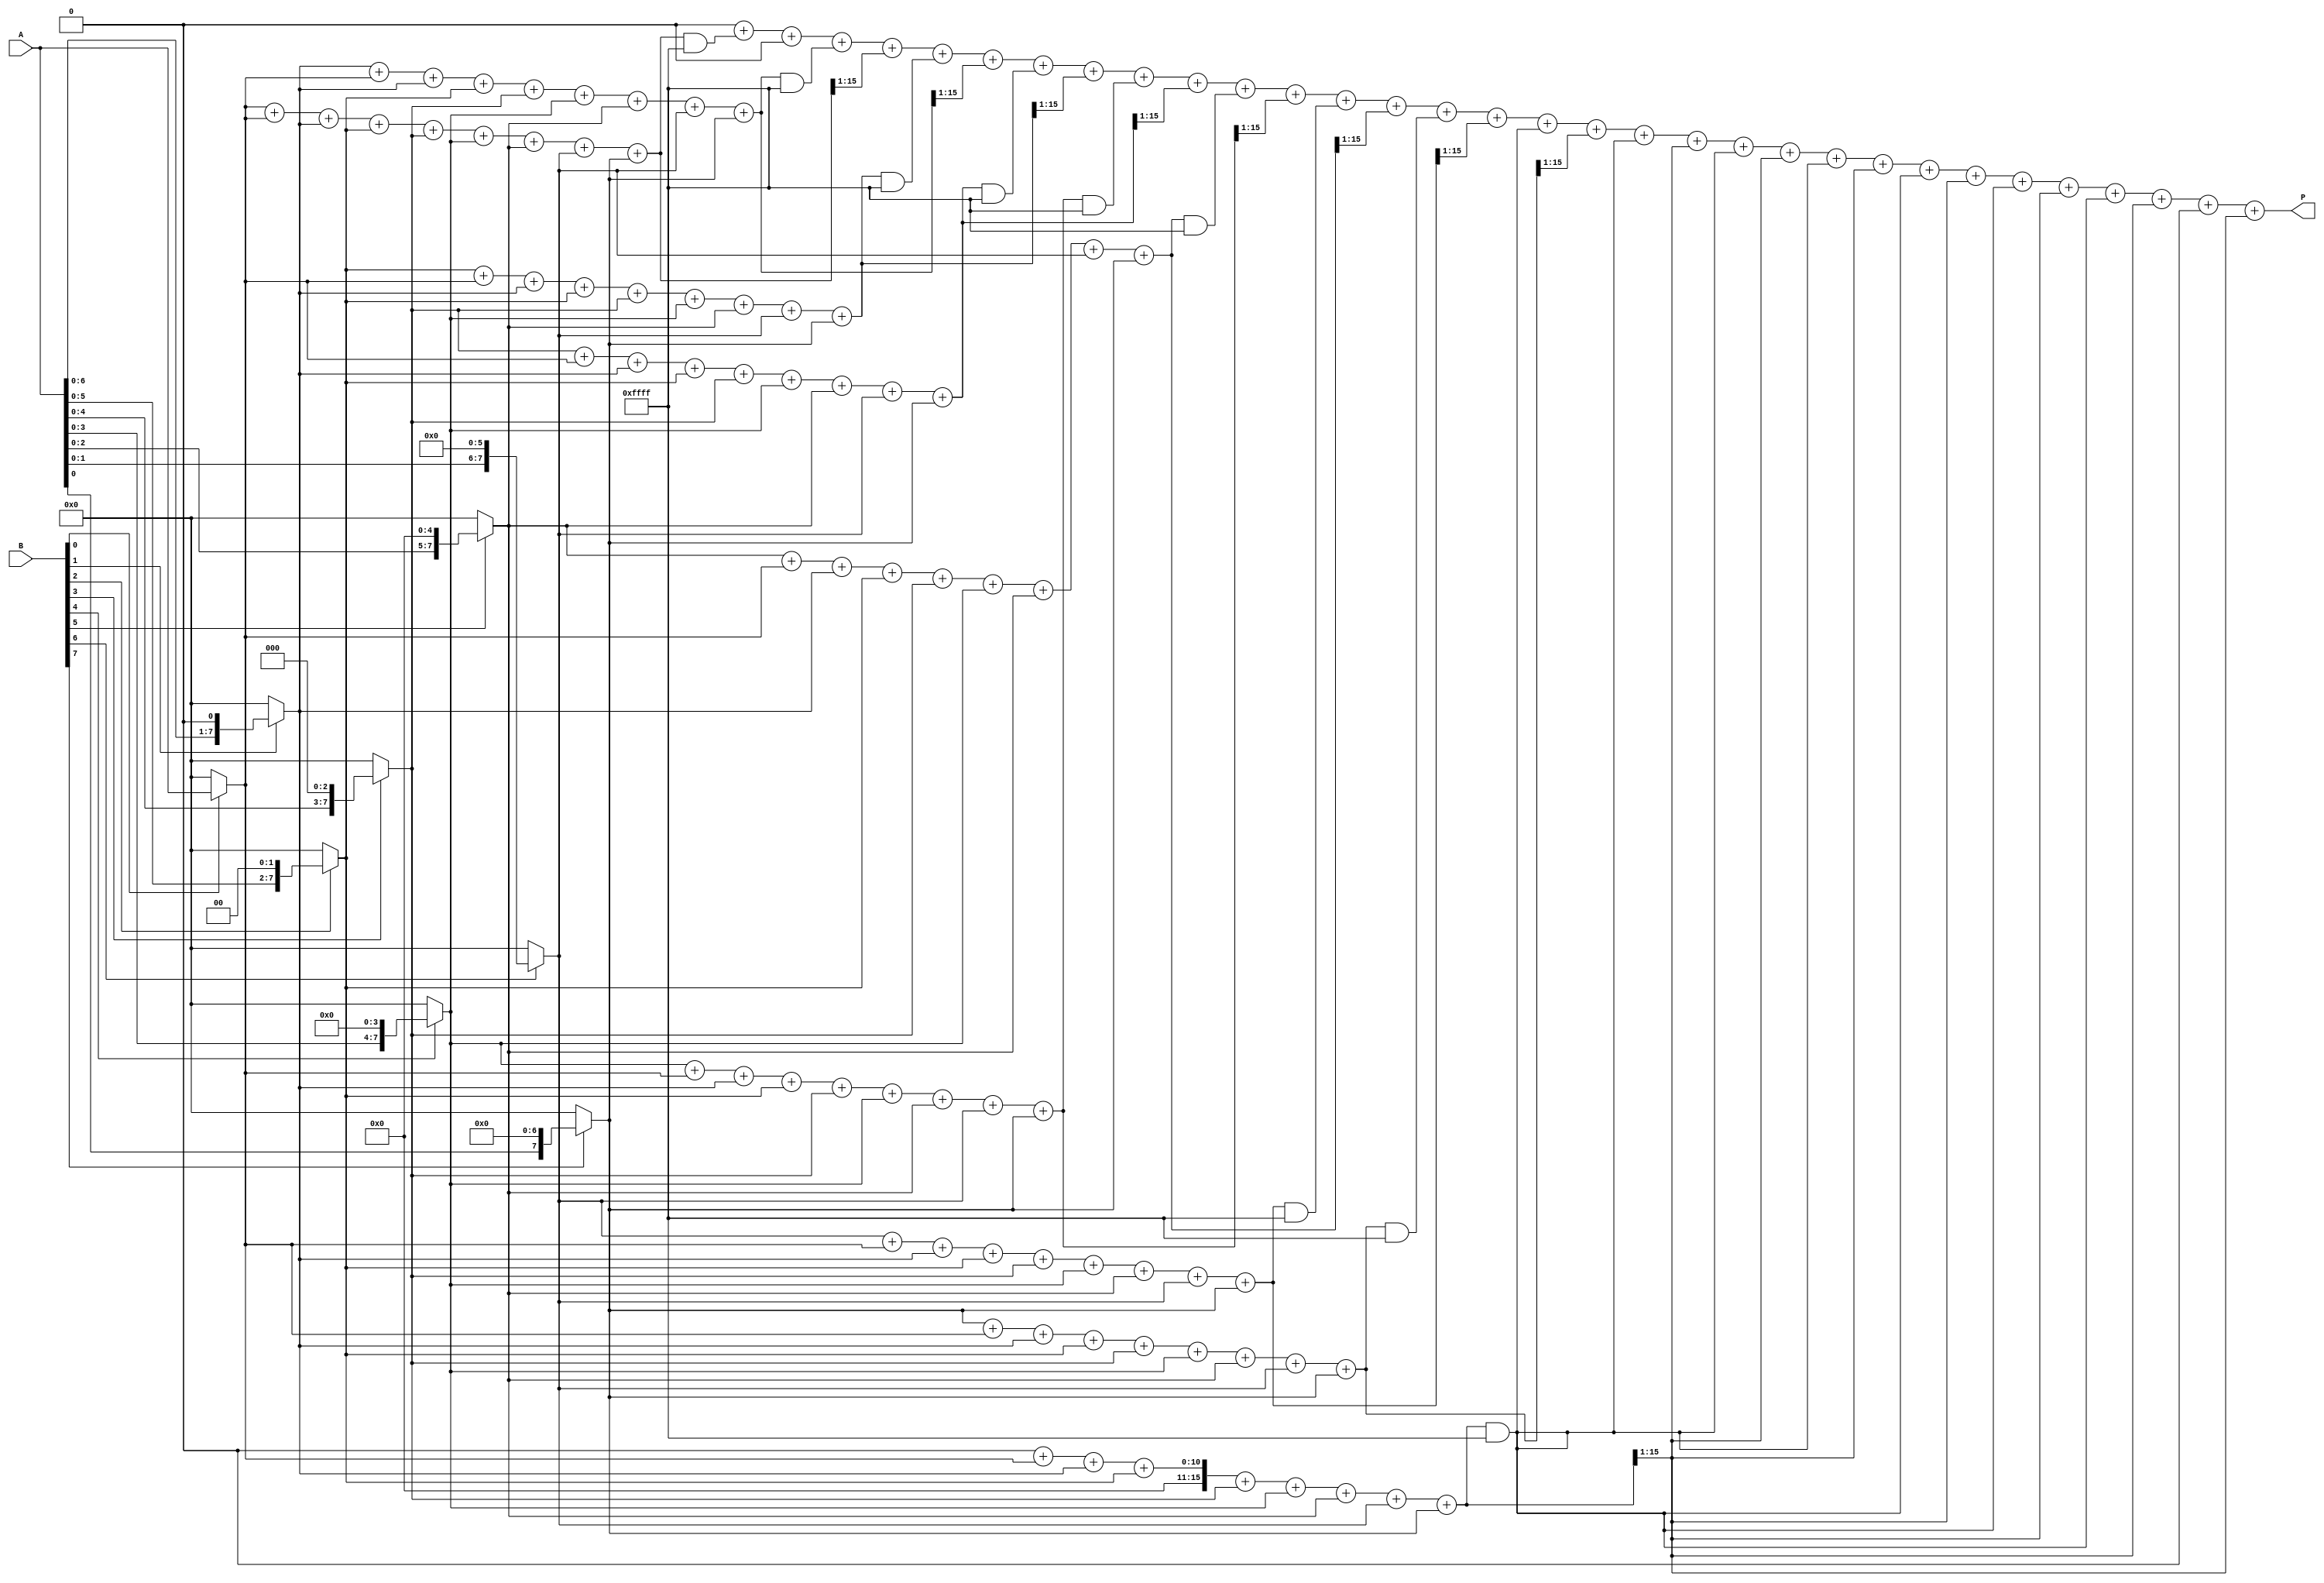
module AdaptiveWallaceTreeMultiplier #(parameter A_WIDTH = 8, B_WIDTH = 8)(
    input [A_WIDTH-1:0] A,
    input [B_WIDTH-1:0] B,
    output reg [A_WIDTH + B_WIDTH - 1:0] P
);

    // Internal signals for partial products
    wire [A_WIDTH-1:0] pp [0:B_WIDTH-1]; // Partial products
    wire [A_WIDTH + B_WIDTH - 1:0] sum [0:A_WIDTH + B_WIDTH - 1]; // Sums for CSA
    wire [A_WIDTH + B_WIDTH - 1:0] carry [0:A_WIDTH + B_WIDTH - 1]; // Carries for CSA

    // Generate partial products
    genvar i;
    generate
        for (i = 0; i < B_WIDTH; i = i + 1) begin : pp_gen
            assign pp[i] = (B[i] == 1'b1) ? (A << i) : {A_WIDTH{1'b0}};
        end
    endgenerate

    // Wallace Tree Reduction using Carry-Save Adders
    integer j, k;
    always @(*) begin
        // Initialize sums and carries to zero
        for (j = 0; j < A_WIDTH + B_WIDTH; j = j + 1) begin
            sum[j] = 0;
            carry[j] = 0;
        end

        // First level of CSA
        for (j = 0; j < B_WIDTH; j = j + 1) begin
            sum[j] = pp[j];
        end

        // Perform CSA reduction
        for (j = 0; j < A_WIDTH + B_WIDTH - 1; j = j + 1) begin
            for (k = 0; k < B_WIDTH; k = k + 1) begin
                if (j < A_WIDTH + B_WIDTH) begin
                    sum[j] = sum[j] + pp[k];
                end
            end
            carry[j + 1] = sum[j] >> 1; // Propagate carry
            sum[j] = sum[j] & {A_WIDTH + B_WIDTH{1'b1}}; // Keep only relevant bits
        end
    end

    // Final Carry-Propagate Adder (CPA)
    always @(*) begin
        P = 0;
        for (j = 0; j < A_WIDTH + B_WIDTH; j = j + 1) begin
            P = P + sum[j] + carry[j];
        end
    end

endmodule